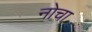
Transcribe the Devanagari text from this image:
नोचा